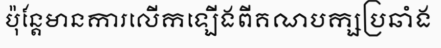
ប៉ុន្តែមានការលើកឡើងពីគណបក្សប្រឆាំង